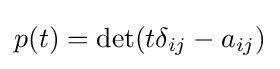
p(t)=\det(t\delta _{ij}-a_{ij})